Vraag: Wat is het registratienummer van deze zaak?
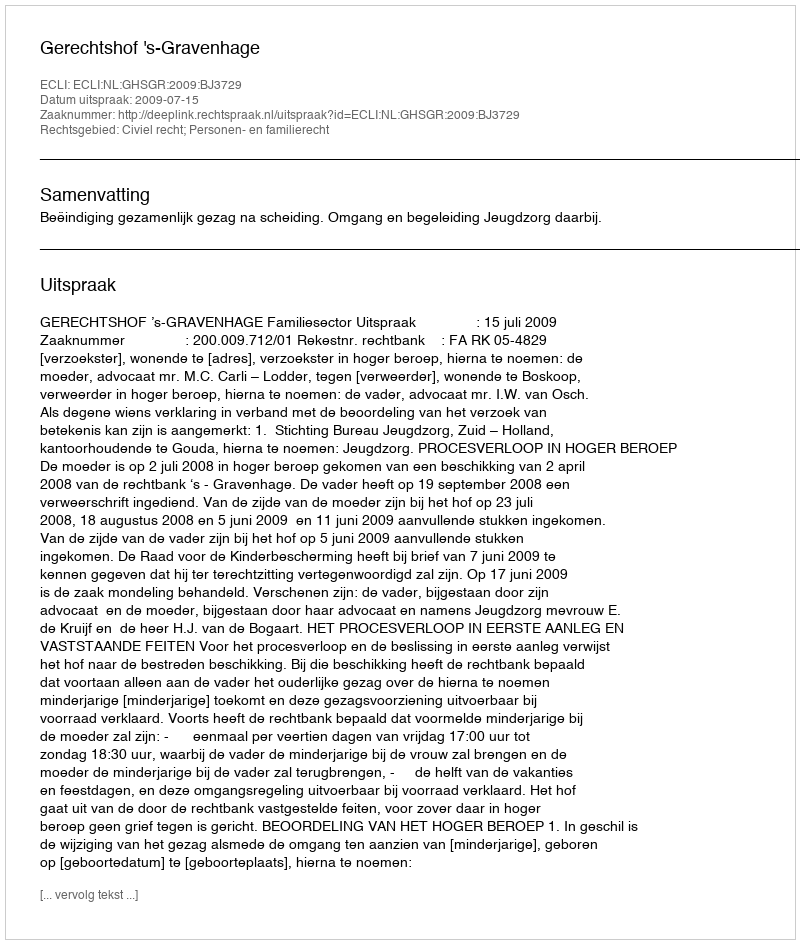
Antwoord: http://deeplink.rechtspraak.nl/uitspraak?id=ECLI:NL:GHSGR:2009:BJ3729